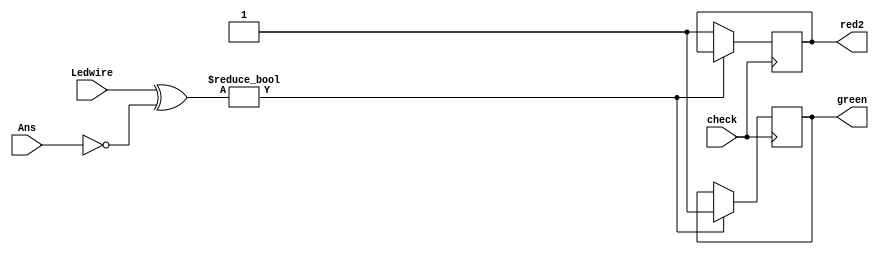
`timescale 1ns / 1ps
//////////////////////////////////////////////////////////////////////////////////
// Company: 
// Engineer: 
// 
// Design Name: 
// Module Name: checker
// Project Name: 
// Target Devices: 
// Tool Versions: 
// Description: 
// 
// Dependencies: 
// 
// Revision:
// Revision 0.01 - File Created
// Additional Comments:
// 
//////////////////////////////////////////////////////////////////////////////////


module checker(
    input [15:0]Ledwire,
    input Ans,
    input check,
    output reg red2,
    output reg green
    );
    always @(posedge check)
    begin
    if(Ledwire^Ans==0)
    begin
    green=1'b1;
    end 
    else
    begin
    red2=1'b1;
    end
    end
endmodule